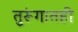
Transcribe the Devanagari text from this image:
तुरूंगातही